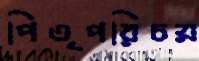
পিতৃপরিচয়